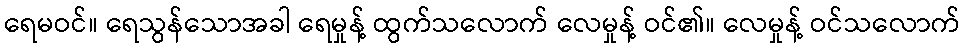
ရေမဝင်။ ရေသွန်သောအခါ ရေမှုန့် ထွက်သလောက် လေမှုန့် ဝင်၏။ လေမှုန့် ဝင်သလောက်